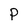
Character: P